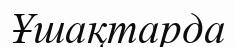
Ұшақтарда